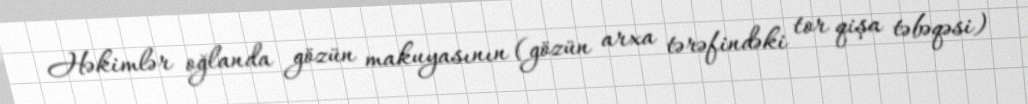
Həkimlər oğlanda gözün makuyasının (gözün arxa tərəfindəki tor qişa təbəqəsi)